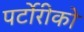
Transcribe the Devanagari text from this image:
पर्टोरीको